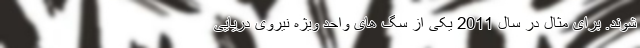
شوند. برای مثال در سال 2011 یکی از سگ های واحد ویژه نیروی دریایی